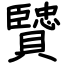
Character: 贒